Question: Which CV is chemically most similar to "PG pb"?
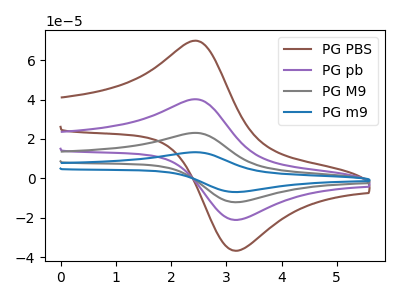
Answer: <think>The brown curve "PG PBS" has an anodic peak at (2.45V, 69.90uA) and a cathodic peak at (3.20V, -36.70uA). The purple curve "PG pb" has an anodic peak at (2.45V, 40.15uA) and a cathodic peak at (3.20V, -21.10uA). The gray curve "PG M9" has an anodic peak at (2.45V, 80.30uA) and a cathodic peak at (3.20V, -42.15uA). The blue curve "PG m9" has an anodic peak at (2.45V, 120.50uA) and a cathodic peak at (3.20V, -63.25uA).
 All the peaks in "PG PBS" have a peak in "PG pb" at the same potential. Every peak in "PG PBS" is higher than every peak in "PG pb". All the peaks in "PG PBS" have a peak in "PG M9" at the same potential. Every peak in "PG PBS" is lower than every peak in "PG M9". All the peaks in "PG PBS" have a peak in "PG m9" at the same potential. Every peak in "PG PBS" is lower than every peak in "PG m9". All the peaks in "PG pb" have a peak in "PG M9" at the same potential. Every peak in "PG pb" is lower than every peak in "PG M9". All the peaks in "PG pb" have a peak in "PG m9" at the same potential. Every peak in "PG pb" is lower than every peak in "PG m9". All the peaks in "PG M9" have a peak in "PG m9" at the same potential. Every peak in "PG M9" is lower than every peak in "PG m9".</think>
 <answer>"PG pb", "PG M9" and "PG m9" have a similar shape to "PG PBS".</answer>
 <eval>"PG pb" "PG M9" "PG m9"</eval>